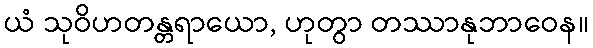
ယံ သုဝိဟတန္တရာယော, ဟုတွာ တဿာနုဘာဝေန။